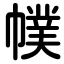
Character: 幞